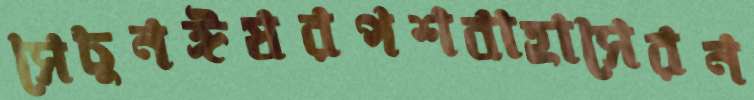
সেচুনঈষরপশবাহাসেরন